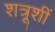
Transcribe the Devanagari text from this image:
शत्रूशीं